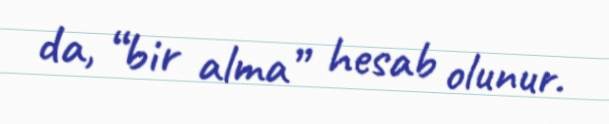
da, “bir alma” hesab olunur.